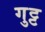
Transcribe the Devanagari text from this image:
गुट्ट